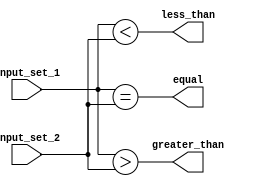
module parallel_comparator (
    input [7:0] input_set_1,
    input [7:0] input_set_2,
    output equal,
    output greater_than,
    output less_than
);

assign equal = (input_set_1 == input_set_2);
assign greater_than = (input_set_1 > input_set_2);
assign less_than = (input_set_1 < input_set_2);

endmodule